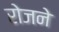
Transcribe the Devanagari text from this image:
रोजने